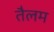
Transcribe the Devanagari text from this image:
तैलम